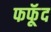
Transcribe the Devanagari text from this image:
फफूॅद